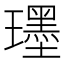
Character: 𤪯